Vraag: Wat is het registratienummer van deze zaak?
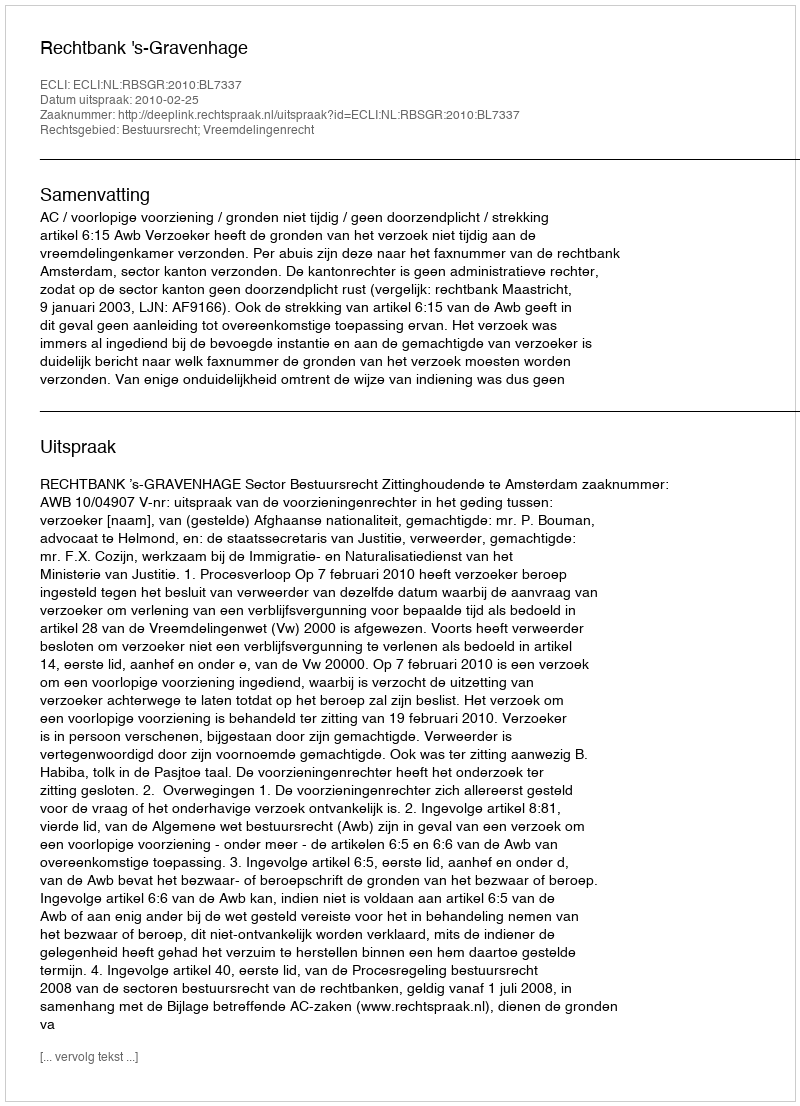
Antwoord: http://deeplink.rechtspraak.nl/uitspraak?id=ECLI:NL:RBSGR:2010:BL7337